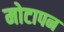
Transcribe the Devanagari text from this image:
मोटापन